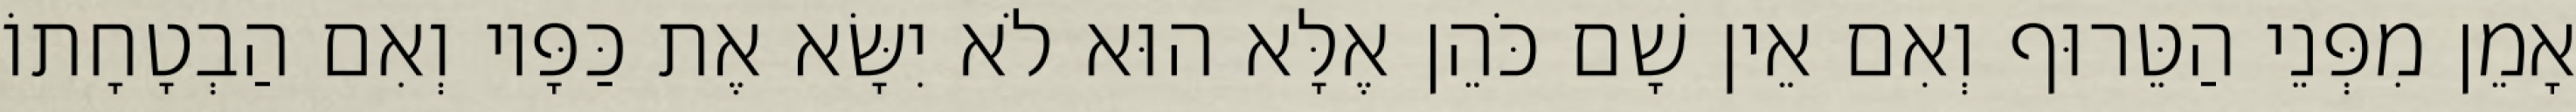
אָמֵן מִפְּנֵי הַטֵּרוּף וְאִם אֵין שָׁם כֹּהֵן אֶלָּא הוּא לֹא יִשָּׂא אֶת כַּפָּיו וְאִם הַבְטָחָתוֹ